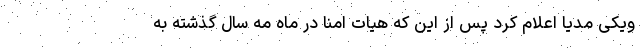
ویکی مدیا اعلام کرد پس از این که هیات امنا در ماه مه سال گذشته به